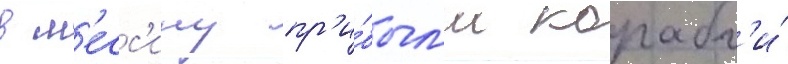
в м'есс'ину пр'и́был'и корабл'и́